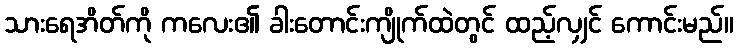
သားရေအိတ်ကို ကလေး၏ ခါးတောင်းကျိုက်ထဲတွင် ထည့်လျှင် ကောင်းမည်။